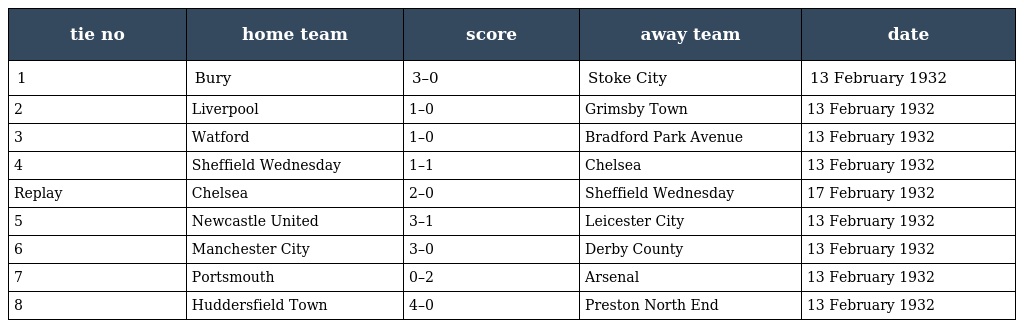
| tie no | home team | score | away team | date |
 | --- | --- | --- | --- | --- |
 | 1 | Bury | 3–0 | Stoke City | 13 February 1932 |
 | 2 | Liverpool | 1–0 | Grimsby Town | 13 February 1932 |
 | 3 | Watford | 1–0 | Bradford Park Avenue | 13 February 1932 |
 | 4 | Sheffield Wednesday | 1–1 | Chelsea | 13 February 1932 |
 | Replay | Chelsea | 2–0 | Sheffield Wednesday | 17 February 1932 |
 | 5 | Newcastle United | 3–1 | Leicester City | 13 February 1932 |
 | 6 | Manchester City | 3–0 | Derby County | 13 February 1932 |
 | 7 | Portsmouth | 0–2 | Arsenal | 13 February 1932 |
 | 8 | Huddersfield Town | 4–0 | Preston North End | 13 February 1932 |